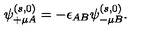
\psi _ { + \mu A } ^ { ( s , 0 ) } = - \epsilon _ { A B } \psi _ { - \mu B } ^ { ( s , 0 ) } .